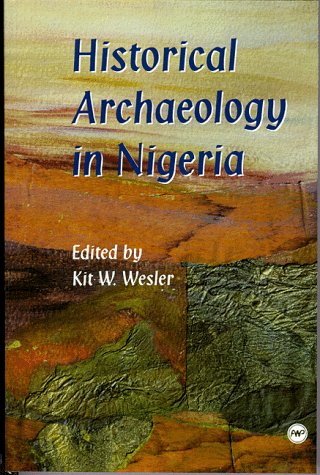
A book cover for Historical Archaeology in Nigeria; History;